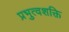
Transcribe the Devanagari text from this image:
प्रभुत्वशक्ति